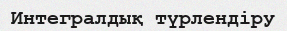
Интегралдық түрлендіру